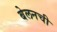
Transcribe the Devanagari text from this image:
बेलनची